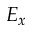
E _ { x }